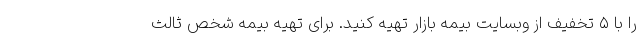
را با ۵ تخفیف از وبسایت بیمه بازار تهیه کنید. برای تهیه بیمه شخص ثالث